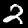
Digit: 2